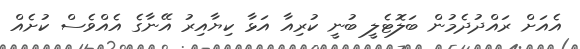
އެއަށް ރައްދުދެމުން ބަލޮޓެލީ ބުނީ ކުރިއާ އަޅާ ކިޔާއިރު އޭނާގެ އެއްވެސް ކުށެއް